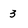
Character: 3